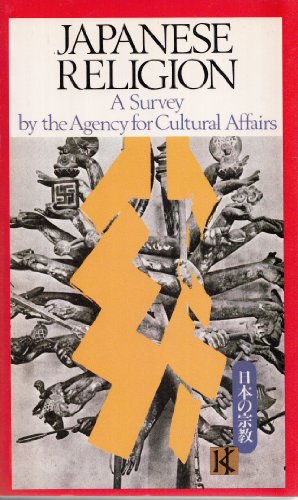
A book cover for Japanese Religion: A Survey; Agency for Cultural Affairs; Religion & Spirituality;